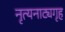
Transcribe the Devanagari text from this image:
नृत्यनाट्यगृह